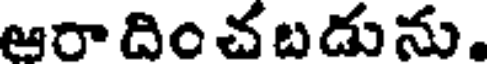
ఆరా దిం చబడును.